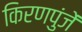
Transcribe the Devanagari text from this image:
किरणपुंजें